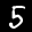
Label: 5